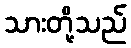
သားတို့သည်